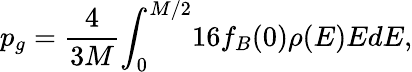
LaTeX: p_{g}=\frac{4}{3M}{\int}_{0}^{M/2}16f_{B}(0)\rho(E)EdE,